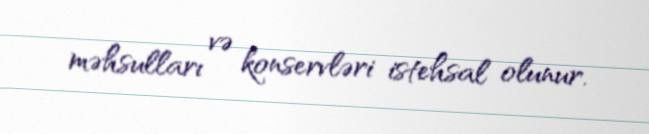
məhsulları və konservləri istehsal olunur.